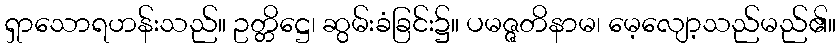
ရှာသောရဟန်းသည်။ ဥတ္တိဋ္ဌေ၊ ဆွမ်းခံခြင်း၌။ ပမဇ္ဇတိနာမ၊ မေ့လျော့သည်မည်၏။